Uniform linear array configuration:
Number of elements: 16
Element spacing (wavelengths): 0.5
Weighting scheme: uniform
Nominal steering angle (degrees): -45
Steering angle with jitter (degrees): -44.14
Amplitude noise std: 0.05
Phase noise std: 0.05

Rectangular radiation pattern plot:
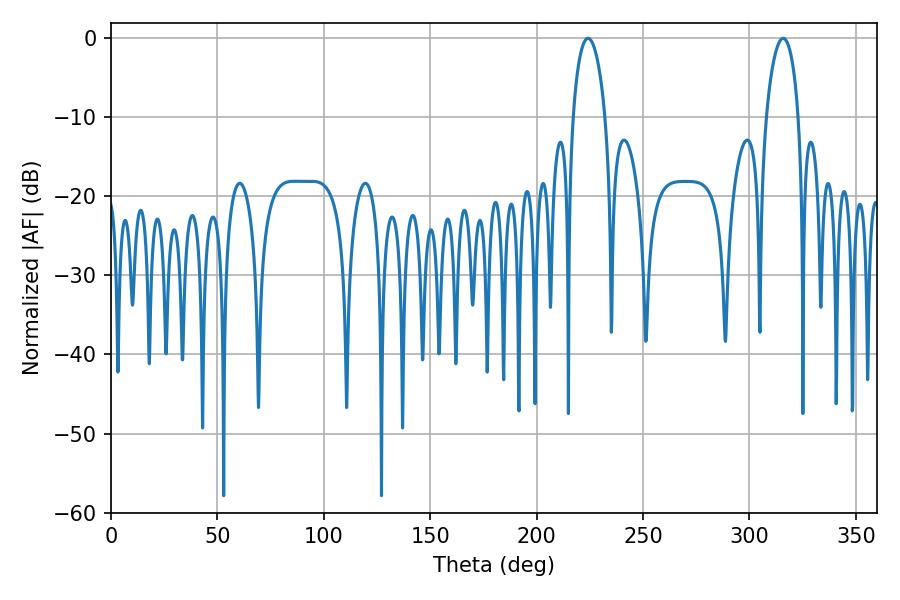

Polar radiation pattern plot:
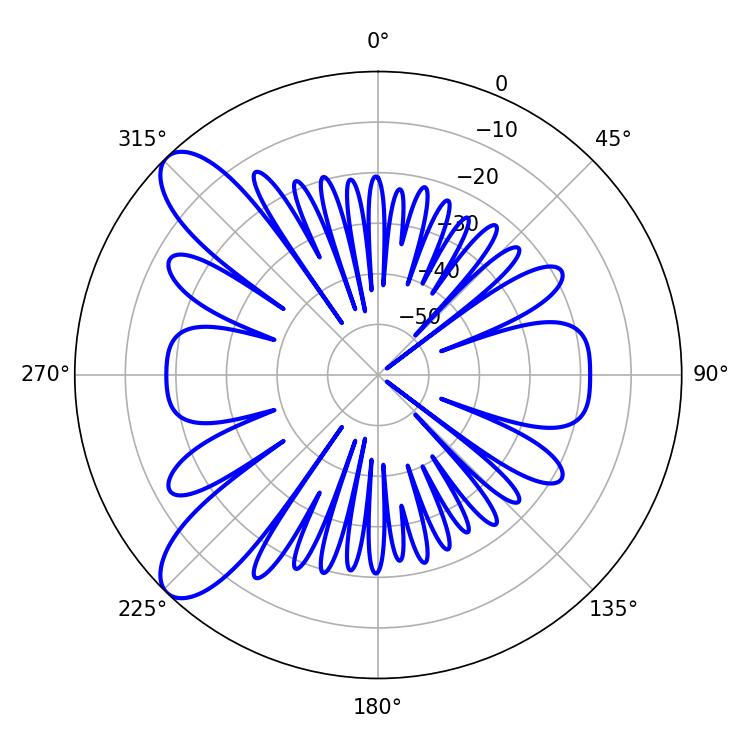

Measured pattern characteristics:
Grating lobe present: FALSE
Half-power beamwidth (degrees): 8.64
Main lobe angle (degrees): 224.1